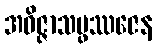
အဝိဇ္ဇာသမ္ဖဿဇေန